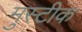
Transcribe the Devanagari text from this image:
मुस्टीक